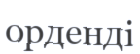
орденді